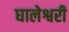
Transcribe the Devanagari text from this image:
घालेश्वरी